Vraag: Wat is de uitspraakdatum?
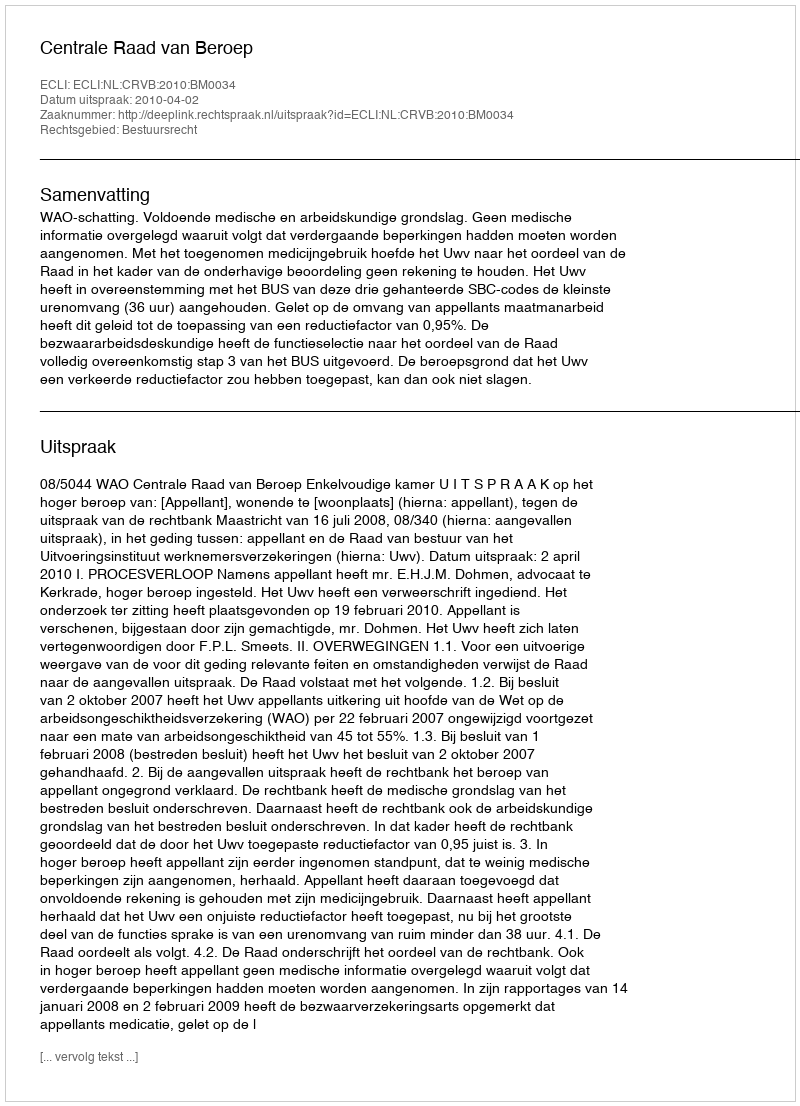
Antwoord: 2010-04-02